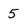
Character: 5